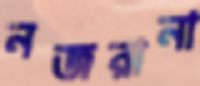
নজরানা